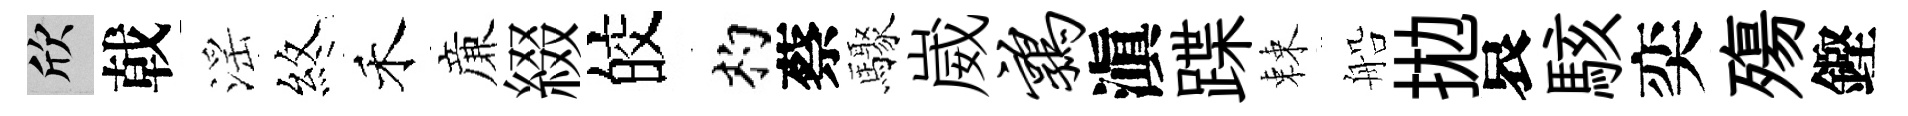
欣戟滛煞禾亷綴皎杓蔡驟崴鹑滇蹀棘船拋哀駭奕殤鏗